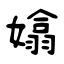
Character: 嬆